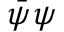
{ \bar { \psi } } \psi